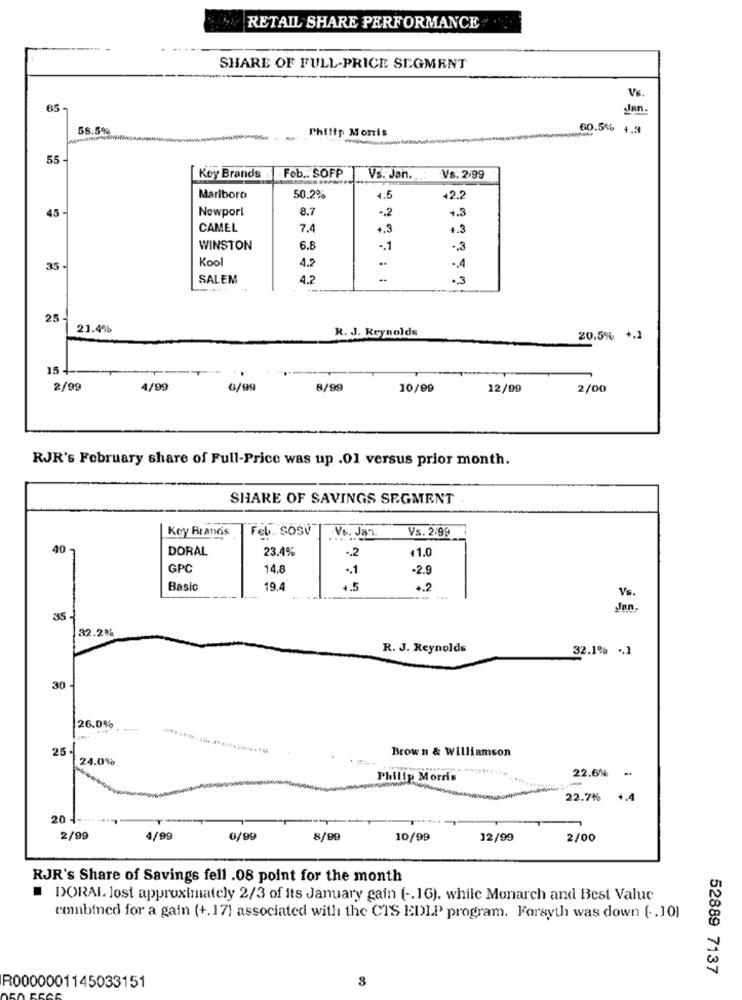
RETAIL SHARE PERFORMANCE
SHARE OF FULL-PRICE SEGMENT
Vs.
65-
Jan.
58.5%
Philip Morris
60.5% +.9
55
[Key Brands
Feb .. SOFP
Vs. Jan .:
Vs. 2,99
Marlboro
50.2%
42.2
45 -
Newport
8.7
-. 2
1.3
CAMEL
7.4
4.3
1.3
WINSTON
6.8
-. 7
.. 3
Kool
4.2
..
.. 4
35
SALEM
4.2
.. 3
25
21.4%
R. J. Reynolds
20.5% +.1
1st
2/99
4/99
6/99
8/99
10/09
12/99
2/00
RJR's February share of Full-Price was up .01 versus prior month.
SHARE OF SAVINGS SEGMENT
Key Brands
Fel. SOSV
Vs. 2.99
Vs. Jan.
40 -
DORAL
23.4%
-. 2
+1.0
GPC
14.8
.. 1
-2.9
Basic
19.4
4.5
4.2
Vs.
Jan.
35
32.2%
R. J. Reynolds
32.1% .. ]
30
26.0%
25 -
Brown & Williamson
24.0%
22.6%
-
Philip Morris
22.7%
20 4 -***
2/99
4/99
6/99
8/99
10/99
12/99
2/00
RJR's Share of Savings fell .08 point for the month
DORAL lost approximately 2/3 of its January gain ( -. 16), while Monarch and Best Value
combined for a gain (+.17) associated with the CTS EDIP program. Forsyth was down [ .. 10)
52889 7137
3
R0000001145033151